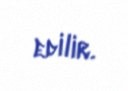
edilir.